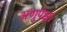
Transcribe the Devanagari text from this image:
अणुपेक्षा